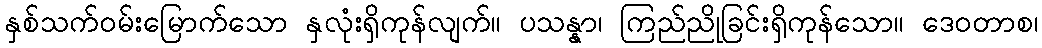
နှစ်သက်ဝမ်းမြောက်သော နှလုံးရှိကုန်လျက်။ ပသန္နာ၊ ကြည်ညိုခြင်းရှိကုန်သော။ ဒေဝတာစ၊